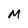
Character: M